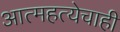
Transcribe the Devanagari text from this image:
आत्महत्येचाही